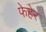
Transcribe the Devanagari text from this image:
फेहेर